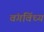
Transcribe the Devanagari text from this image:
वंगविंध्य